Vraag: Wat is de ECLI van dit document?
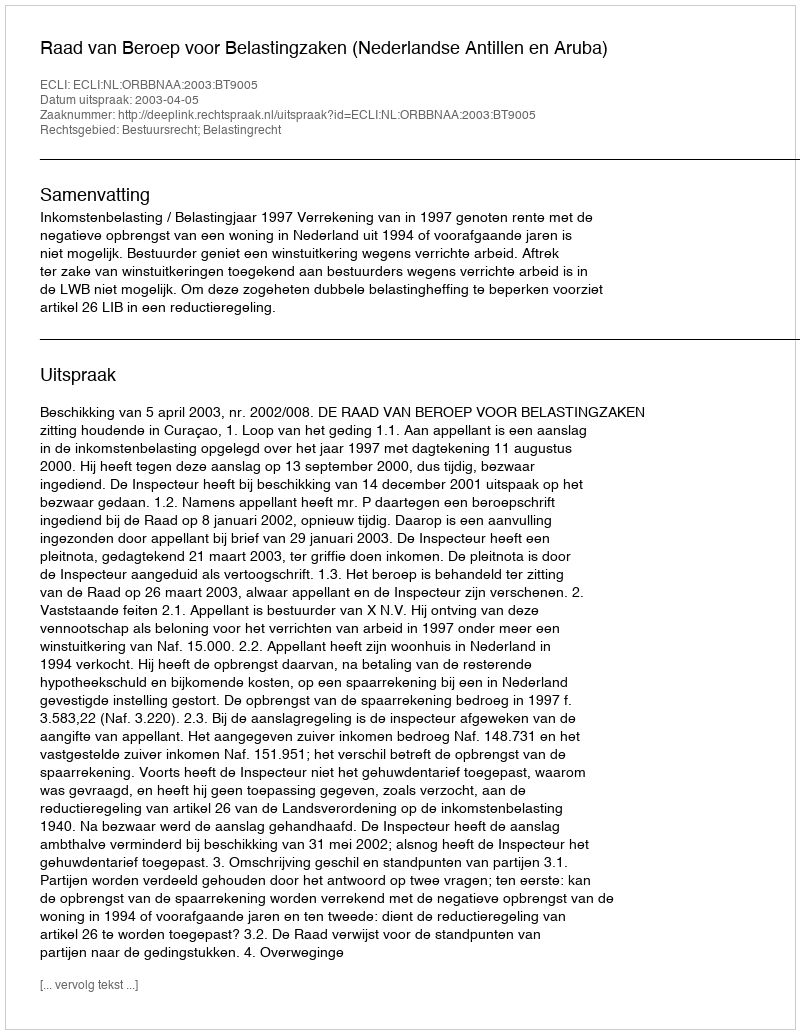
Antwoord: ECLI:NL:ORBBNAA:2003:BT9005